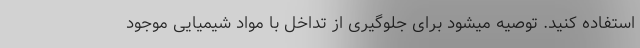
استفاده کنید. توصیه میشود برای جلوگیری از تداخل با مواد شیمیایی موجود